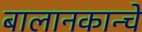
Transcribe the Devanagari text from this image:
बालानकान्चे